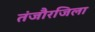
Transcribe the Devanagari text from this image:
तंजौरजिला